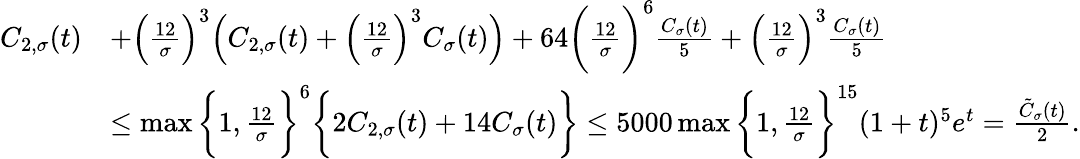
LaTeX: \begin{array}{rl}{C_{2,\sigma}(t)}&{+\Big(\frac{12}{\sigma}\Big)^{3}\Big(C_{2,\sigma}(t)+\Big(\frac{12}{\sigma}\Big)^{3}C_{\sigma}(t)\Big)+64\bigg(\frac{12}{\sigma}\bigg)^{6}\frac{C_{\sigma}(t)}{5}+\Big(\frac{12}{\sigma}\Big)^{3}\frac{C_{\sigma}(t)}{5}}\\ &{\leq\operatorname*{max}\bigg\{ 1,\frac{12}{\sigma}\bigg\} ^{6}\bigg\{ 2C_{2,\sigma}(t)+14C_{\sigma}(t)\bigg\} \leq 5000\operatorname*{max}\bigg\{ 1,\frac{12}{\sigma}\bigg\} ^{15}(1+t)^{5}e^{t}=\frac{\tilde{C}_{\sigma}(t)}{2}.}\end{array}